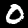
Label: 0